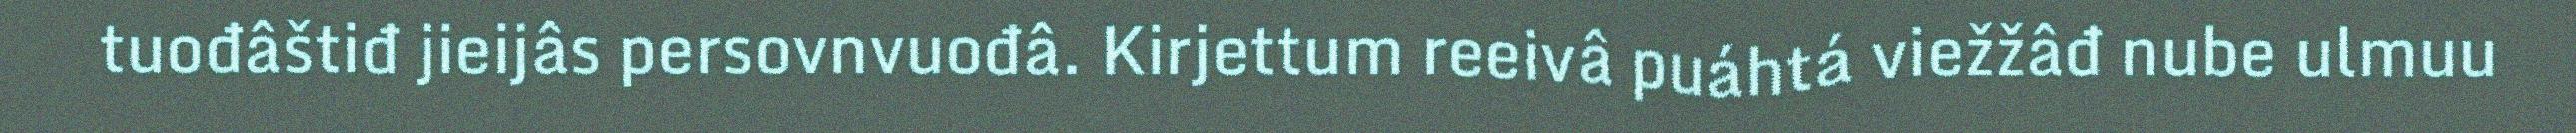
tuođâštiđ jieijâs persovnvuođâ. Kirjettum reeivâ puáhtá viežžâđ nube ulmuu